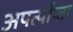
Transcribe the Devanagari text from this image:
अपर्त्याप्ता